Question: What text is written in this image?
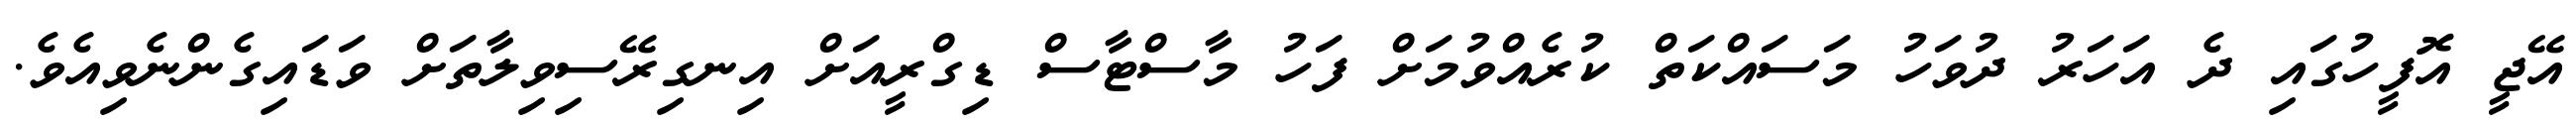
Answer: އޭޖީ އޮފީހުގައި ދެ އަހަރު ދުވަހު މަސައްކަތް ކުރެއްވުމަށް ފަހު މާސްޓާސް ޑިގްރީއަށް އިނގިރޭސިވިލާތަށް ވަޑައިގެންނެވިއެވެ.